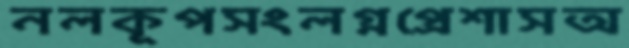
নলকূপসংলগ্নপ্রেশাসঅ